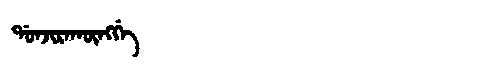
Manchu: ᡩᠣᠨᠵᡳᡵᠠᡴᡡᠩᡤᡝ
Romanization: DONJIRAKŪNGGE